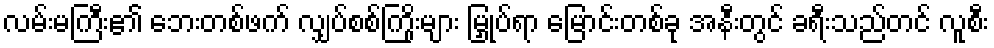
လမ်းမကြီး၏ ဘေးတစ်ဖက် လျှပ်စစ်ကြိုးများ မြှုပ်ရာ မြောင်းတစ်ခု အနီးတွင် ခရီးသည်တင် လူစီး